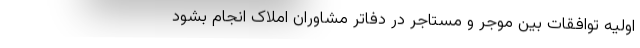
اولیه توافقات بین موجر و مستاجر در دفاتر مشاوران املاک انجام بشود